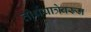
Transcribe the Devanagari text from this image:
तीर्थयात्रेवरून